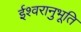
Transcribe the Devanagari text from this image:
ईश्वरानुभूति